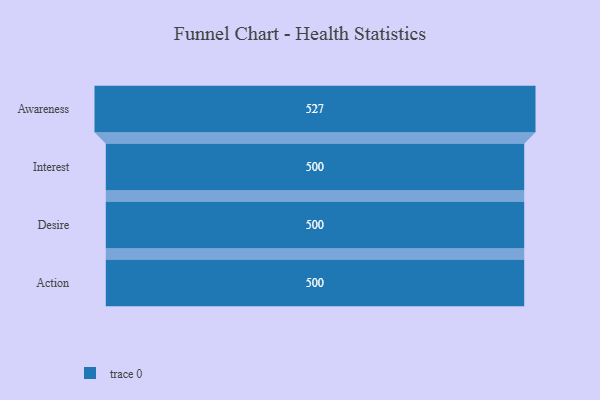
{"axis": {"x": "Stage", "y": "Value"}, "legend": [""], "data": [{"x": "Awareness", "y": 527.0, "type": ""}, {"x": "Interest", "y": 500, "type": ""}, {"x": "Desire", "y": 500, "type": ""}, {"x": "Action", "y": 500, "type": ""}]}